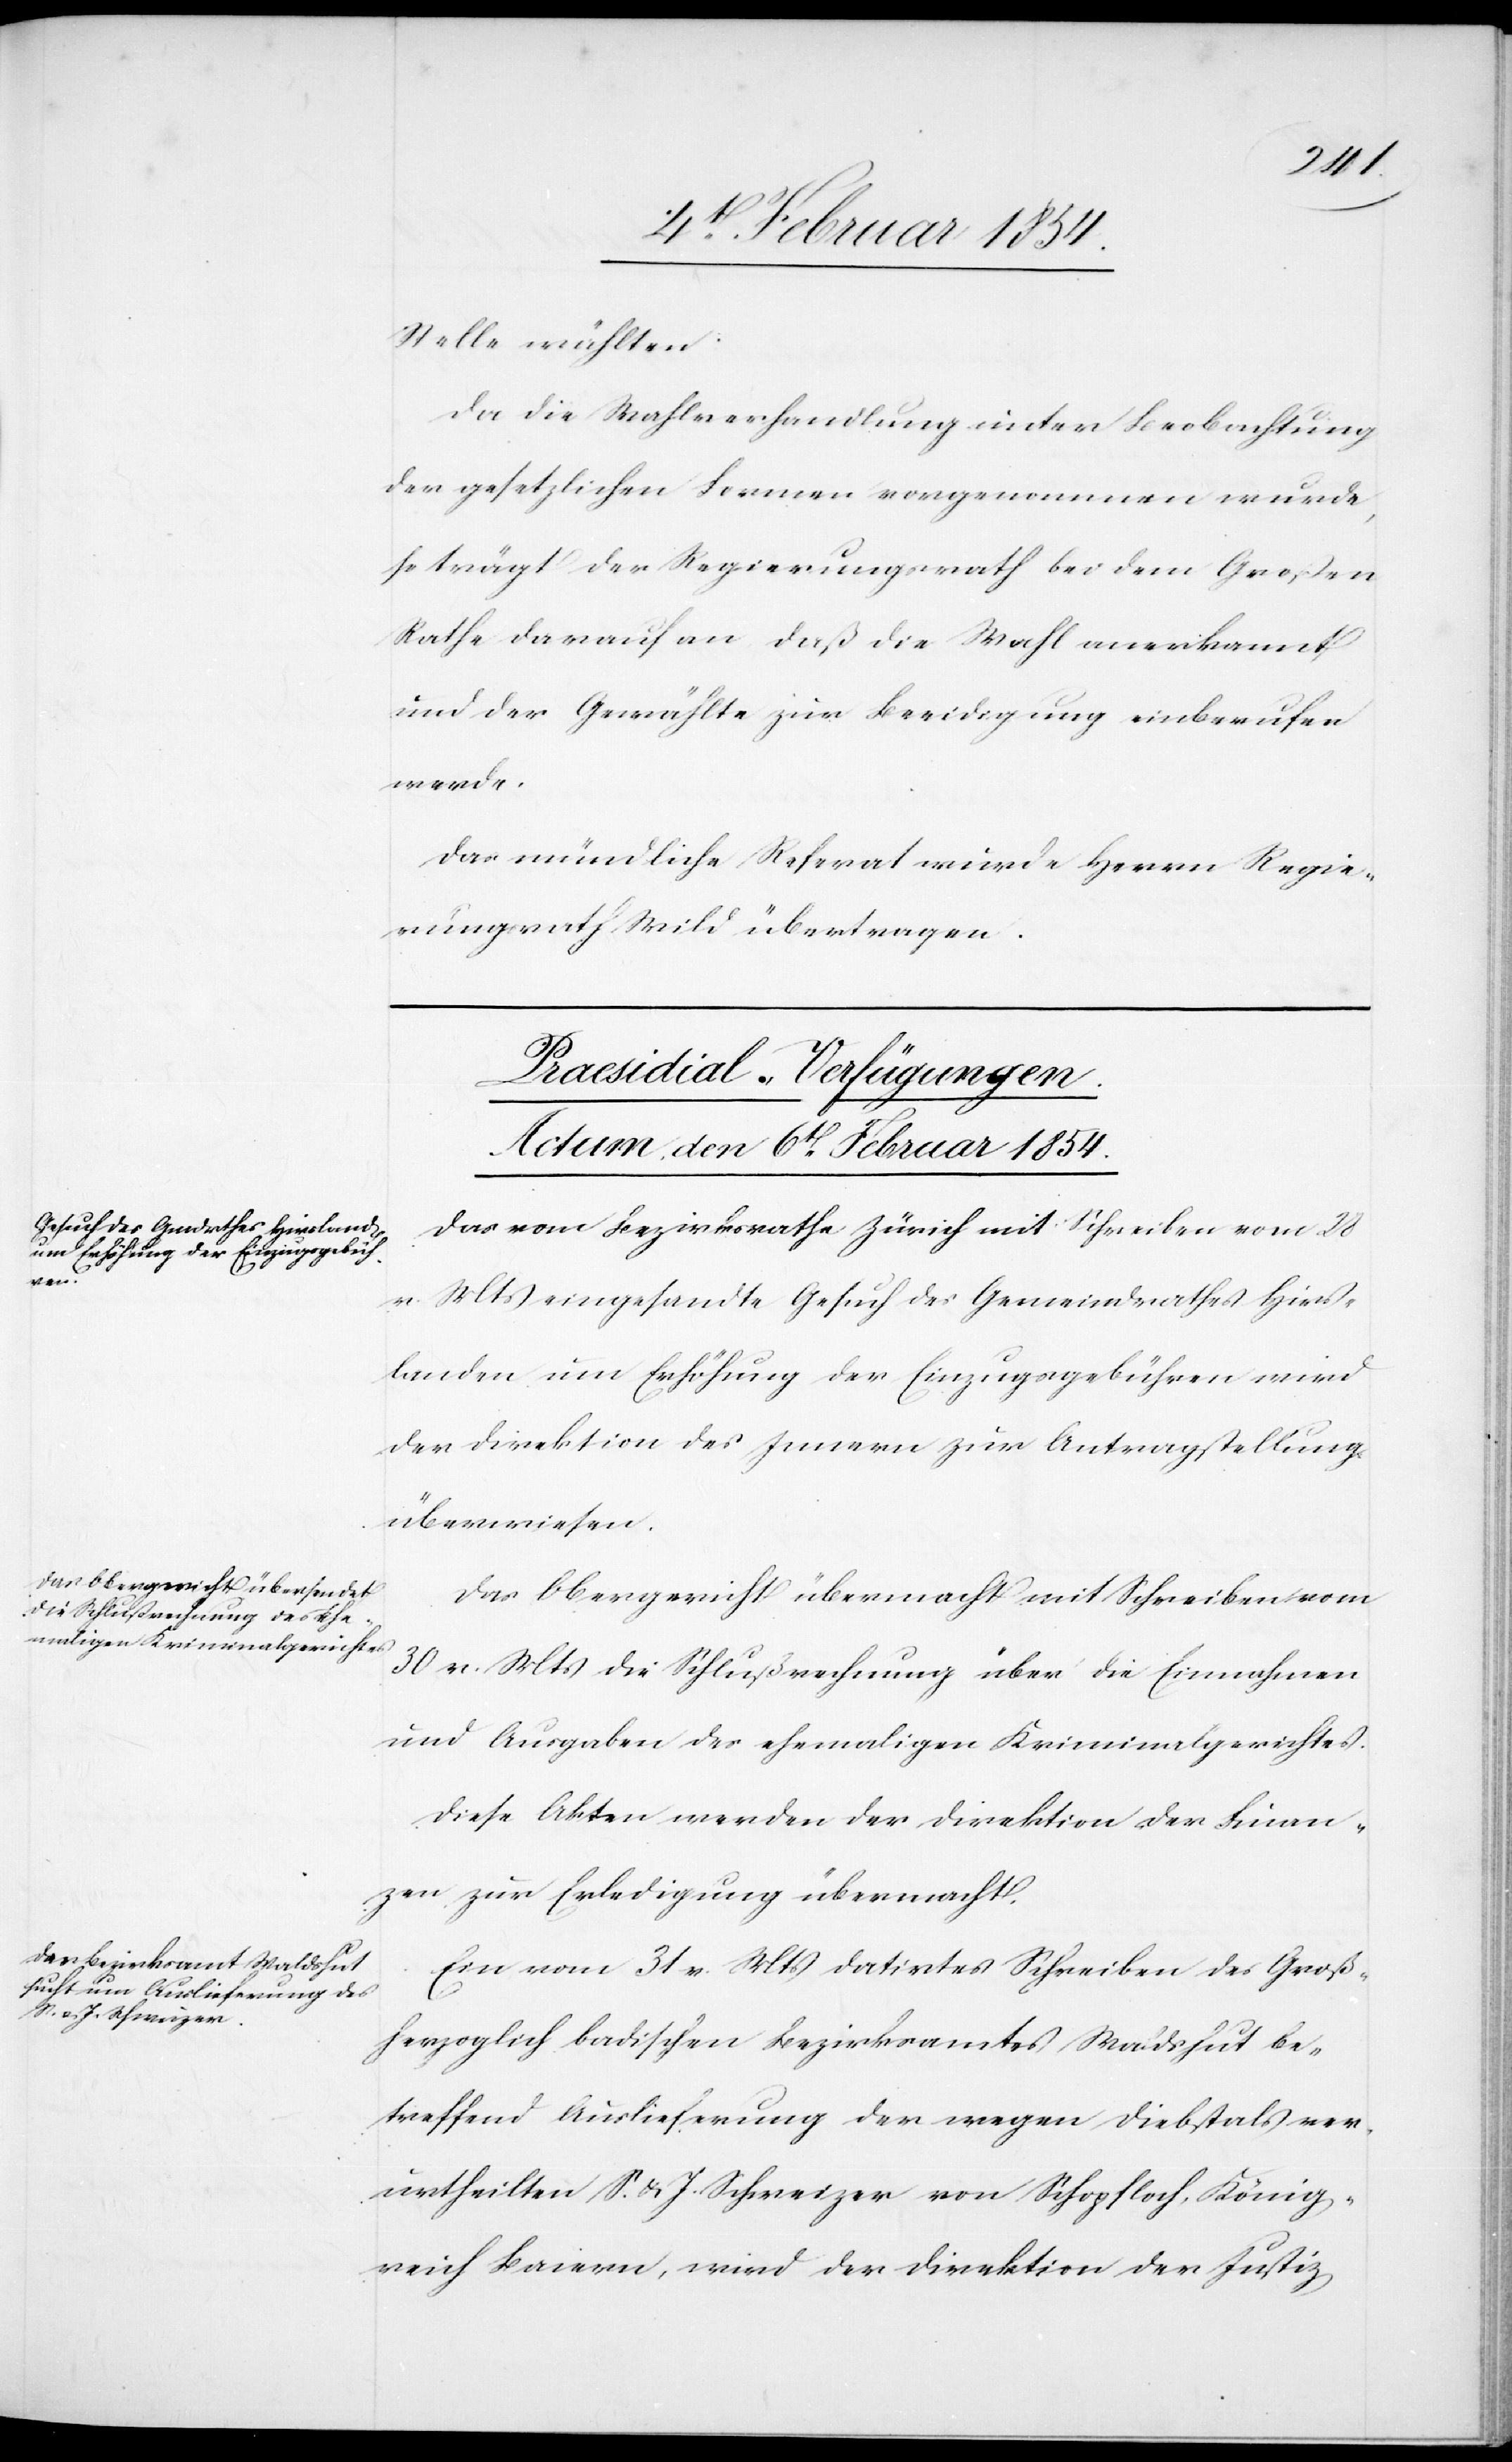
Stelle wählten.
Da die Wahlverhandlung in der Beobachtung
der gesetzlichen Formen vorgenommen wurde,
so trägt der Regierungsrath bei dem Großen
Rathe darauf an das die Wahl anerkannt
und der Gewählte zur Beeidigung einberufen
werde.
Das mündliche Referat wurde Herrn Regie¬
rungsrath Wild übertragen.
[Praesidial-Verfügungen.
Actum, den 6t Februar 1854.]
Das vom Bezirksrathe Zürich mit Schreiben vom 28
v. Mts eingesandte Gesuch des Gemeindrathes Hirs¬
landen um Erhöhung der Einzugsgebühren wird
der Direktion des Innern zur Antragstellung
überwiesen.
Das Obergericht übermacht mit Schreiben vom
30 v. Mts die Schlußrechnung über die Einnahmen
und Ausgaben des ehemaligen Kriminalgerichts.
Diese Akten werden der Direktion der Finan¬
zen zur Erledigung übermacht.
Ein vom 31 v. Mts datirtes Schreiben des Groß¬
herzoglich badischen Bezirksamtes Waldshut be¬
treffend Auslieferung der wegen Diebstals ver¬
urtheilten S. u. J. Schweizer von Schopfloch, König¬
reich Baiern, wird der Direktion der Justiz